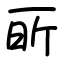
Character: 㪽